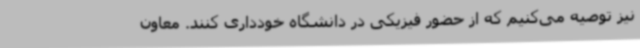
نیز توصیه می‌کنیم که از حضور فیزیکی در دانشگاه خودداری کنند. معاون